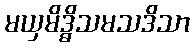
မယှမိဒ္ဓိသမသဒိသာ